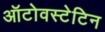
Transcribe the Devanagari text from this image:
ऑटोवस्टेटिन